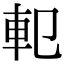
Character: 𨊠